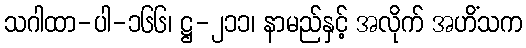
သဂါထာ-ပါ-၁၆၆၊ ဋ္ဌ-၂၁၁၊ နာမည်နှင့် အလိုက် အဟိံသက